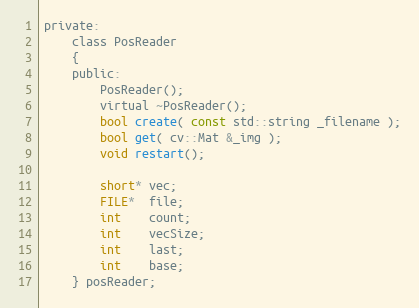
Language: C
private:
    class PosReader
    {
    public:
        PosReader();
        virtual ~PosReader();
        bool create( const std::string _filename );
        bool get( cv::Mat &_img );
        void restart();

        short* vec;
        FILE*  file;
        int    count;
        int    vecSize;
        int    last;
        int    base;
    } posReader;